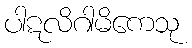
ပါဋလိဂါမိကေသု